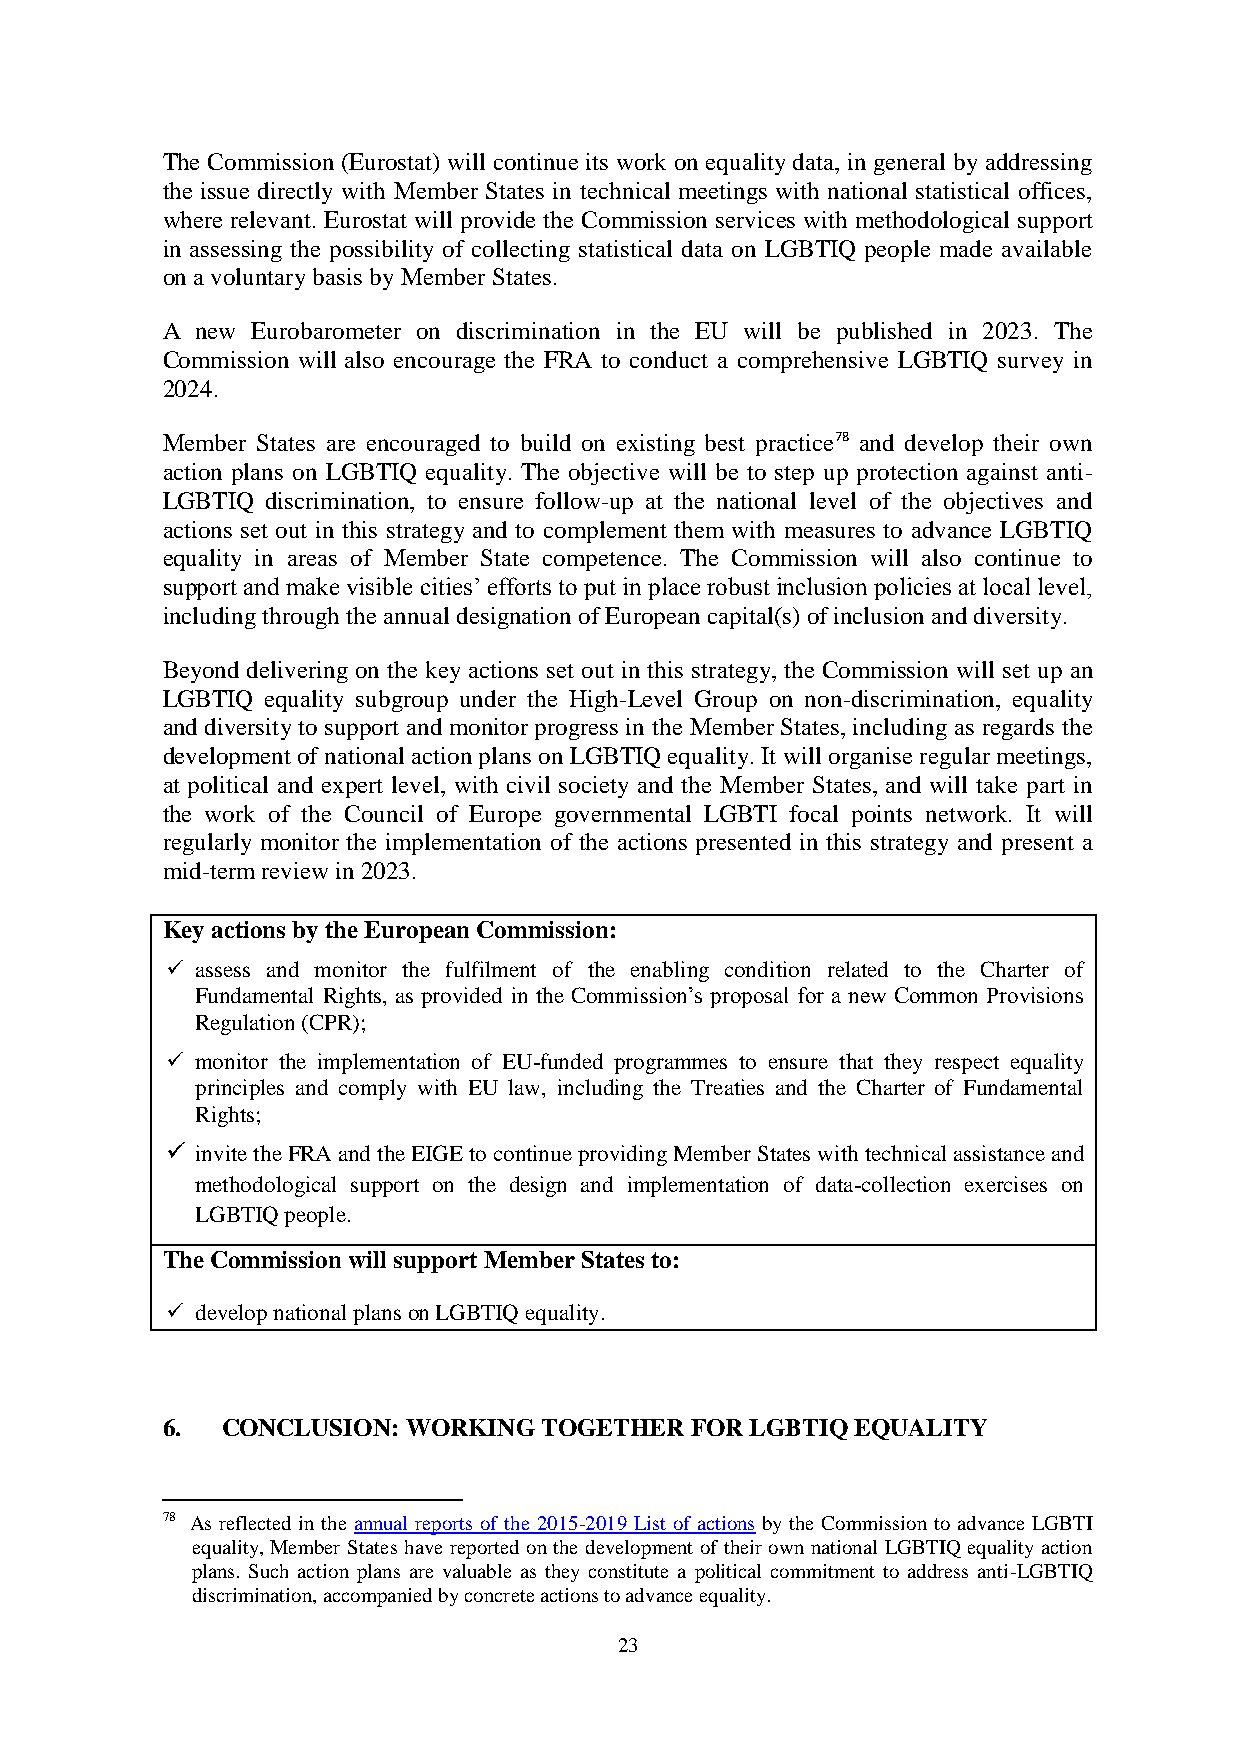
The Commission (Eurostat) will continue its work on equality data, in general by addressing
 the issue directly with Member States in technical meetings with national statistical offices,
 where relevant. Eurostat will provide the Commission services with methodological support
 in assessing the possibility of collecting statistical data on LGBTIQ people made available
 on a voluntary basis by Member States.
 A new Eurobarometer on discrimination in the EU will be published in 2023. The
 Commission will also encourage the FRA to conduct a comprehensive LGBTIQ survey in
 2024.
 Member States are encouraged to build on existing best practice78 and develop their own
 action plans on LGBTIQ equality. The objective will be to step up protection against anti-
 LGBTIQ discrimination, to ensure follow-up at the national level of the objectives and
 actions set out in this strategy and to complement them with measures to advance LGBTIQ
 equality in areas of Member State competence. The Commission will also continue to
 support and make visible cities’ efforts to put in place robust inclusion policies at local level,
 including through the annual designation of European capital(s) of inclusion and diversity.
 Beyond delivering on the key actions set out in this strategy, the Commission will set up an
 LGBTIQ equality subgroup under the High-Level Group on non-discrimination, equality
 and diversity to support and monitor progress in the Member States, including as regards the
 development of national action plans on LGBTIQ equality. It will organise regular meetings,
 at political and expert level, with civil society and the Member States, and will take part in
 the work of the Council of Europe governmental LGBTI focal points network. It will
 regularly monitor the implementation of the actions presented in this strategy and present a
 mid-term review in 2023.
 Key actions by the European Commission:
  assess and monitor the fulfilment of the enabling condition related to the Charter of
 Fundamental Rights, as provided in the Commission’s proposal for a new Common Provisions
 Regulation (CPR);
  monitor the implementation of EU-funded programmes to ensure that they respect equality
 principles and comply with EU law, including the Treaties and the Charter of Fundamental
 Rights;
  invite the FRA and the EIGE to continue providing Member States with technical assistance and
 methodological support on the design and implementation of data-collection exercises on
 LGBTIQ people.
 The Commission will support Member States to:
  develop national plans on LGBTIQ equality.
 6.  CONCLUSION: WORKING  TOGETHER  FOR LGBTIQ EQUALITY
 78 As reflected in the annual reports of the 2015-2019 List of actions by the Commission to advance LGBTI
 equality, Member States have reported on the development of their own national LGBTIQ equality action
 plans. Such action plans are valuable as they constitute a political commitment to address anti-LGBTIQ
 discrimination, accompanied by concrete actions to advance equality.
 23